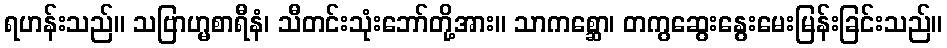
ရဟန်းသည်။ သဗြာဟ္မစာရီနံ၊ သီတင်းသုံးဘော်တို့အား။ သာကစ္ဆော၊ တကွဆွေးနွေးမေးမြန်းခြင်းသည်။